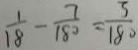
\frac { 1 } { 1 8 } - \frac { 7 } { 1 8 0 } = \frac { 3 } { 1 8 0 }